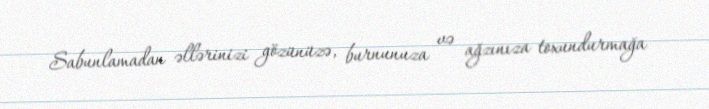
Sabunlamadan əllərinizi gözünüzə, burnunuza və ağzınıza toxundurmağa